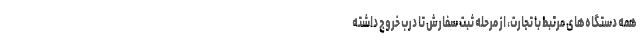
همه دستگاه‌های مرتبط با تجارت، از مرحله ثبت سفارش تا درب خروج داشته